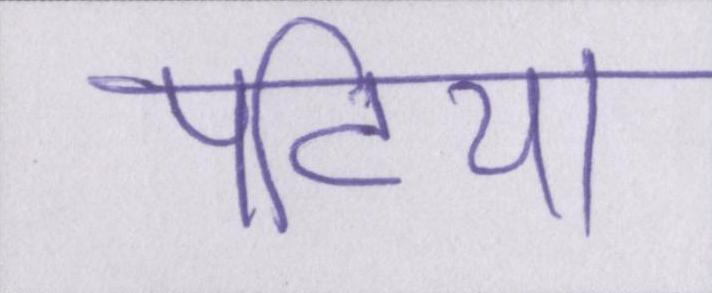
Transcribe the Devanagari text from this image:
पटिया